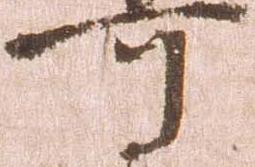
可